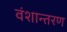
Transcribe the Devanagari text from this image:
वंशान्तरण